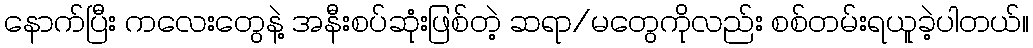
နောက်ပြီး ကလေးတွေနဲ့ အနီးစပ်ဆုံးဖြစ်တဲ့ ဆရာ/မတွေကိုလည်း စစ်တမ်းရယူခဲ့ပါတယ်။